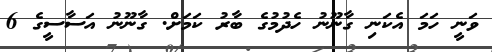
ވަނީ ހަމަ އެކަނި ގާނޫނު ހެދުމުގެ ބާރު ކަަމަށް. ގާނޫނު އަސާސީގެ 6